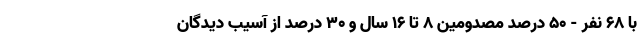
با ۶۸ نفر - ۵۰ درصد مصدومین ۸ تا ۱۶ سال و ۳۰ درصد از آسیب دیدگان